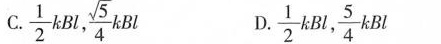
A.\frac{1}{2}kBl,\frac{\sqrt{5}}{4}kBlD.\frac{1}{2}kBl,\frac{5}{4}kBl